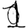
Digit: 1